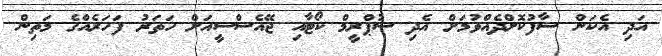
އަދި އެކަން ސާފުކޮށްދެއްވުމަށް އެދި ސުޕްރީމް ކޯޓާއި ޖޭއެސްސީއަށް ހަތަރު ފަހަރެއްގެ މަތިން